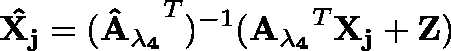
\mathbf { \hat { X _ { j } } } = \mathbf { ( \hat { A } _ { \lambda _ { 4 } } } ^ { T } ) ^ { - 1 } ( \mathbf { { A _ { \lambda _ { 4 } } } } ^ { T } \mathbf { X _ { j } } + \mathbf { Z } )